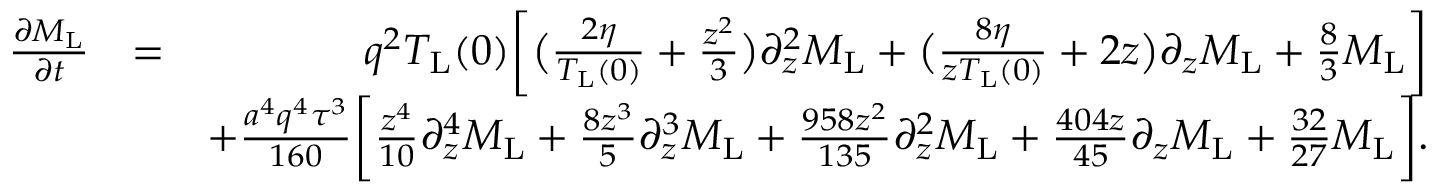
\begin{array} { r l r } { \frac { \partial M _ { \mathrm { L } } } { \partial t } } & { = } & { q ^ { 2 } T _ { \mathrm { L } } ( 0 ) \bigg [ \bigl ( \frac { 2 \eta } { T _ { \mathrm { L } } ( 0 ) } + \frac { z ^ { 2 } } { 3 } \bigl ) \partial _ { z } ^ { 2 } M _ { \mathrm { L } } + \bigl ( \frac { 8 \eta } { z T _ { \mathrm { L } } ( 0 ) } + 2 z \bigl ) \partial _ { z } M _ { \mathrm { L } } + \frac { 8 } { 3 } M _ { \mathrm { L } } \bigg ] } \\ & { } & { + \frac { a ^ { 4 } q ^ { 4 } \tau ^ { 3 } } { 1 6 0 } \bigg [ \frac { z ^ { 4 } } { 1 0 } \partial _ { z } ^ { 4 } M _ { \mathrm { L } } + \frac { 8 z ^ { 3 } } { 5 } \partial _ { z } ^ { 3 } M _ { \mathrm { L } } + \frac { 9 5 8 z ^ { 2 } } { 1 3 5 } \partial _ { z } ^ { 2 } M _ { \mathrm { L } } + \frac { 4 0 4 z } { 4 5 } \partial _ { z } M _ { \mathrm { L } } + \frac { 3 2 } { 2 7 } M _ { \mathrm { L } } \bigg ] . } \end{array}